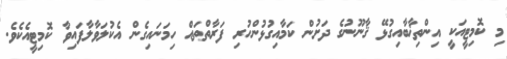
މި ކޮމިޓީއަކީ އިންތިޚާބާއިގުޅޭ ޤާނޫނުގެ ދަށުން ކަމާއިގުޅުންހުރި ފަރާތްތައް ހިމަނައިގެން އެކުލަވާލާފައިވާ ކޮމިޓީއެކެވެ.